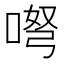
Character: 𱓕